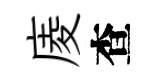
庱查